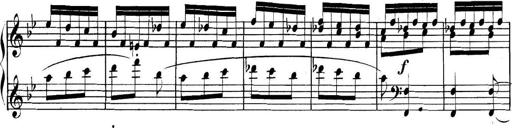
Title: Collected Piano Sonatas
Composer: Muzio Clementi